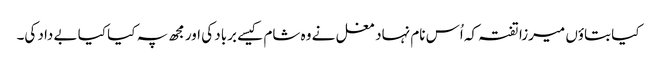
کیا بتاؤں میرزا تفتہ کہ اُس نام نہاد مغل نے وہ شام کیسے برباد کی اور مجھ پہ کیا کیا بے داد کی۔